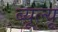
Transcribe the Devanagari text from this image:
ब्यूल्यू